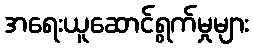
အရေးယူဆောင်ရွက်မှုများ